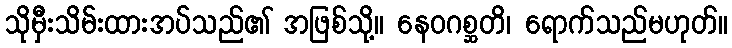
သိုမှီးသိမ်းထားအပ်သည်၏ အဖြစ်သို့။ နေဝဂစ္ဆတိ၊ ရောက်သည်မဟုတ်။